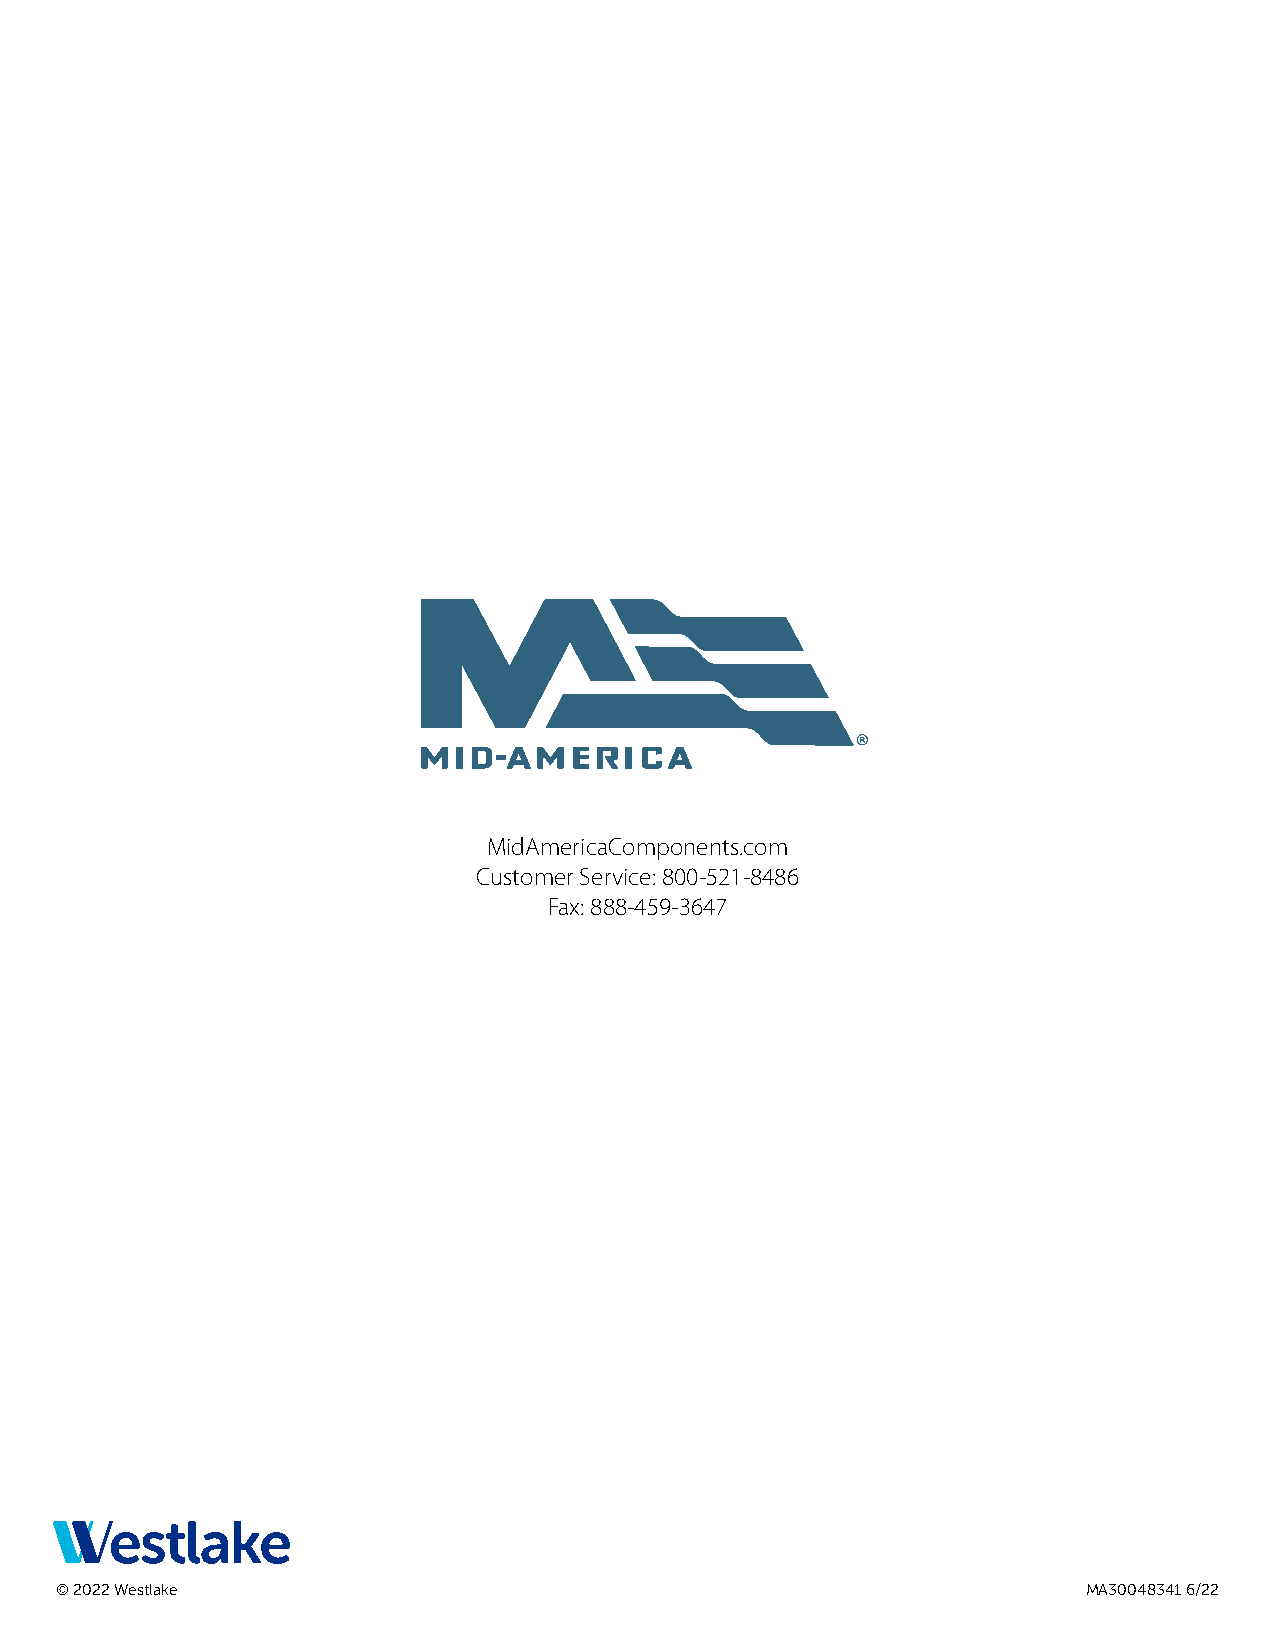
MidAmericaComponents.com
 Customer Service: 800-521-8486
 Fax: 888-459-3647
 © 2022 Westlake                                                     MA30048341 6/22